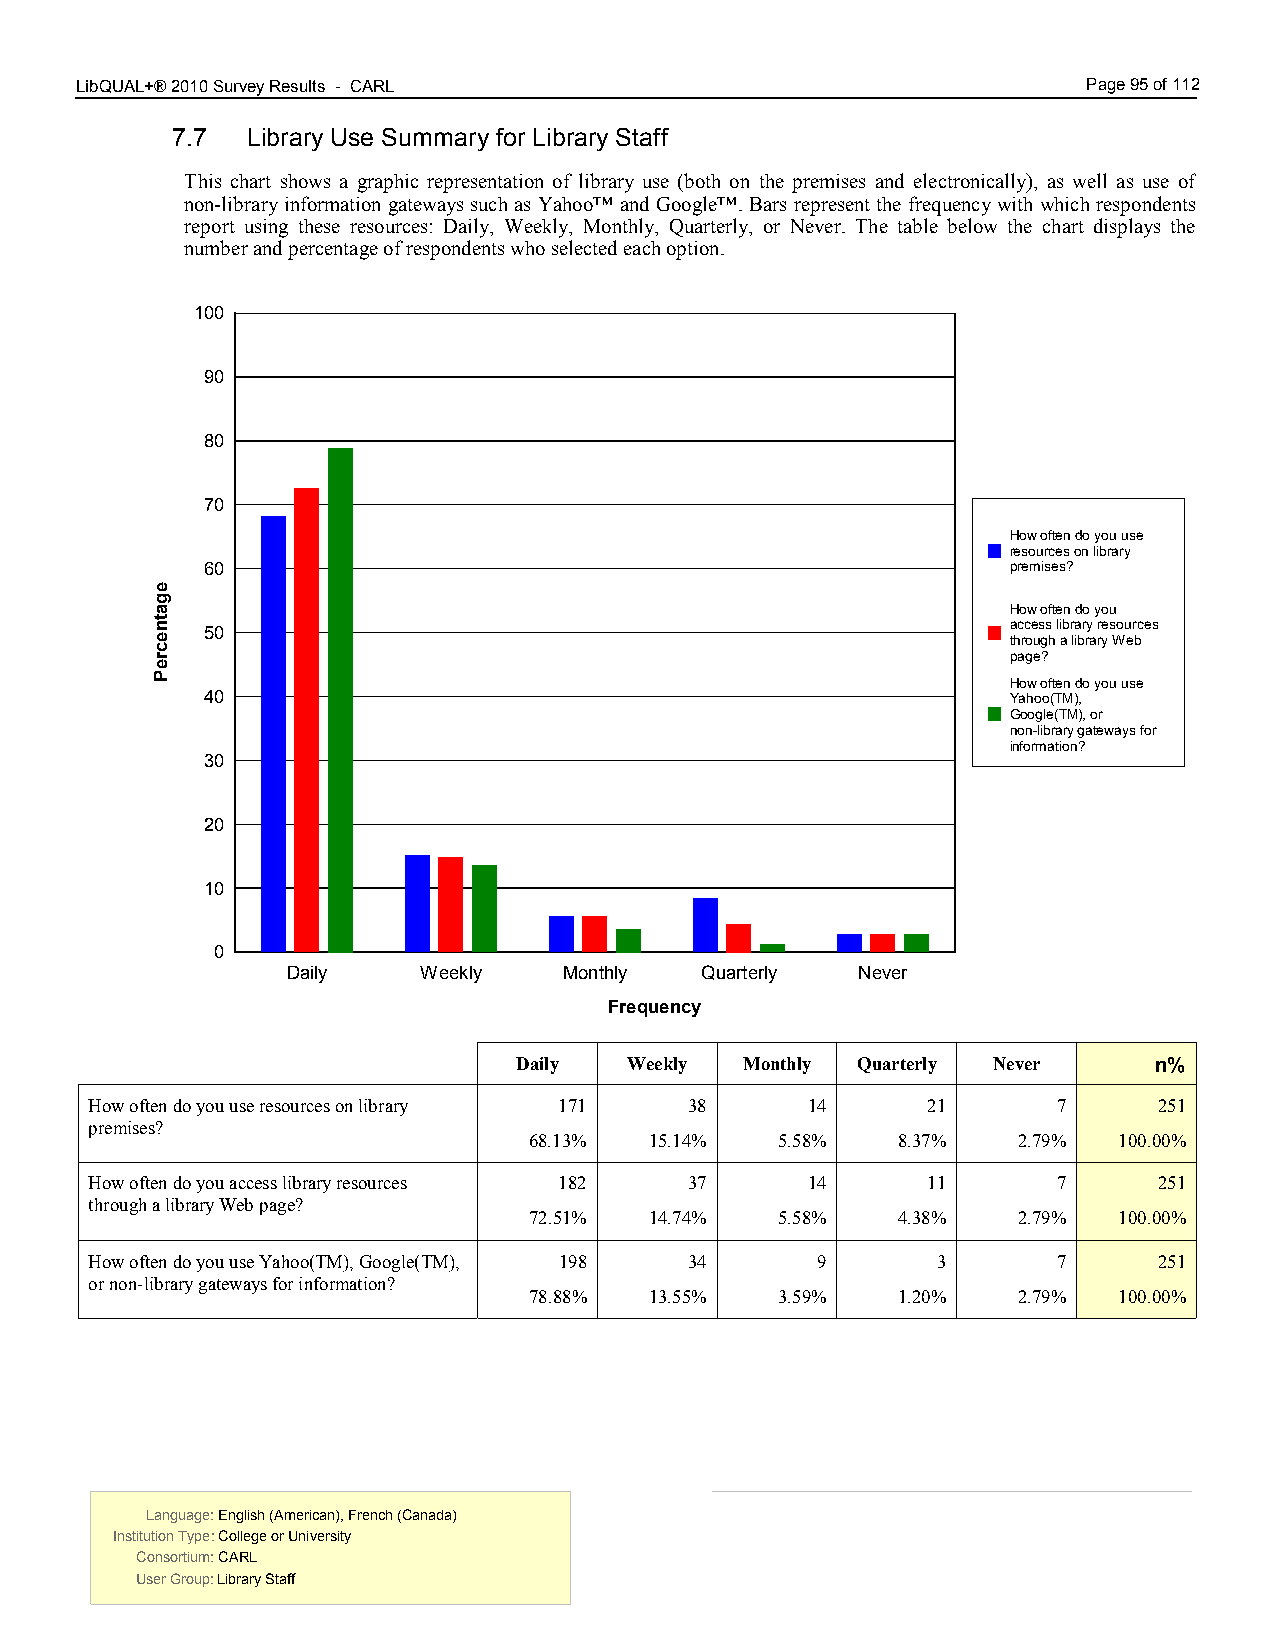
LibQUAL+® 2010 Survey Results - CARL 7.00                          Page 95 of 112
 7.7  Library Use Summary for Library Staff
 This chart shows a graphic representation of library use (both on the premises and electronically), as well as use of
 non-library information gateways such as Yahoo™ and Google™. Bars represent the frequency with which respondents
 report using these resources: Daily, Weekly, Monthly, Quarterly, or Never. The table below the chart displays the
 number and percentage of respondents who selected each option.
 100
 90
 80
 70
 How often do you use
 resources on library
 60                                                   premises?
 How often do you
 50                                                   access library resources
 through a library Web
 page?
 How often do you use
 40                                                   Yahoo(TM),
 Google(TM), or
 non-library gateways for
 information?
 30
 20
 10
 0
 Daily    Weekly   Monthly  Quarterly  Never
 Frequency
 Daily   Weekly Monthly Quarterly Never    n%
 How often do you use resources on library 171 38 14    21       7      251
 premises?
 68.13%  15.14%  5.58%   8.37%   2.79%  100.00%
 How often do you access library resources 182 37 14    11       7      251
 through a library Web page?
 72.51%  14.74%  5.58%   4.38%   2.79%  100.00%
 How often do you use Yahoo(TM), Google(TM), 198 34 9    3       7      251
 or non-library gateways for information?
 78.88%  13.55%  3.59%   1.20%   2.79%  100.00%
 Language: English (American), French (Canada) Language: English (American), French (Canada)
 Institution Type: College or University  Institution Type: College or University
 Consortium: CARL                         Consortium: CARL
 User Group: Library Staff                User Group: Library Staff
 egatnecreP